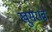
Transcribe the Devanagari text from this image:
खुसराव